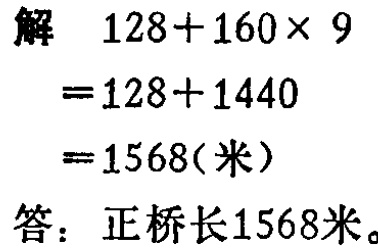
解

\[

\begin{align*}

&128 + 160\times9\\

=&128 + 1440\\

=&1568(\text{米})

\end{align*}

\]

答：正桥长1568米。